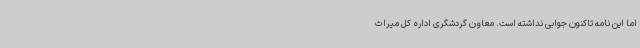
اما این نامه تاکنون جوابی نداشته است. معاون گردشگری اداره کل میراث